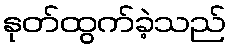
နုတ်ထွက်ခဲ့သည်